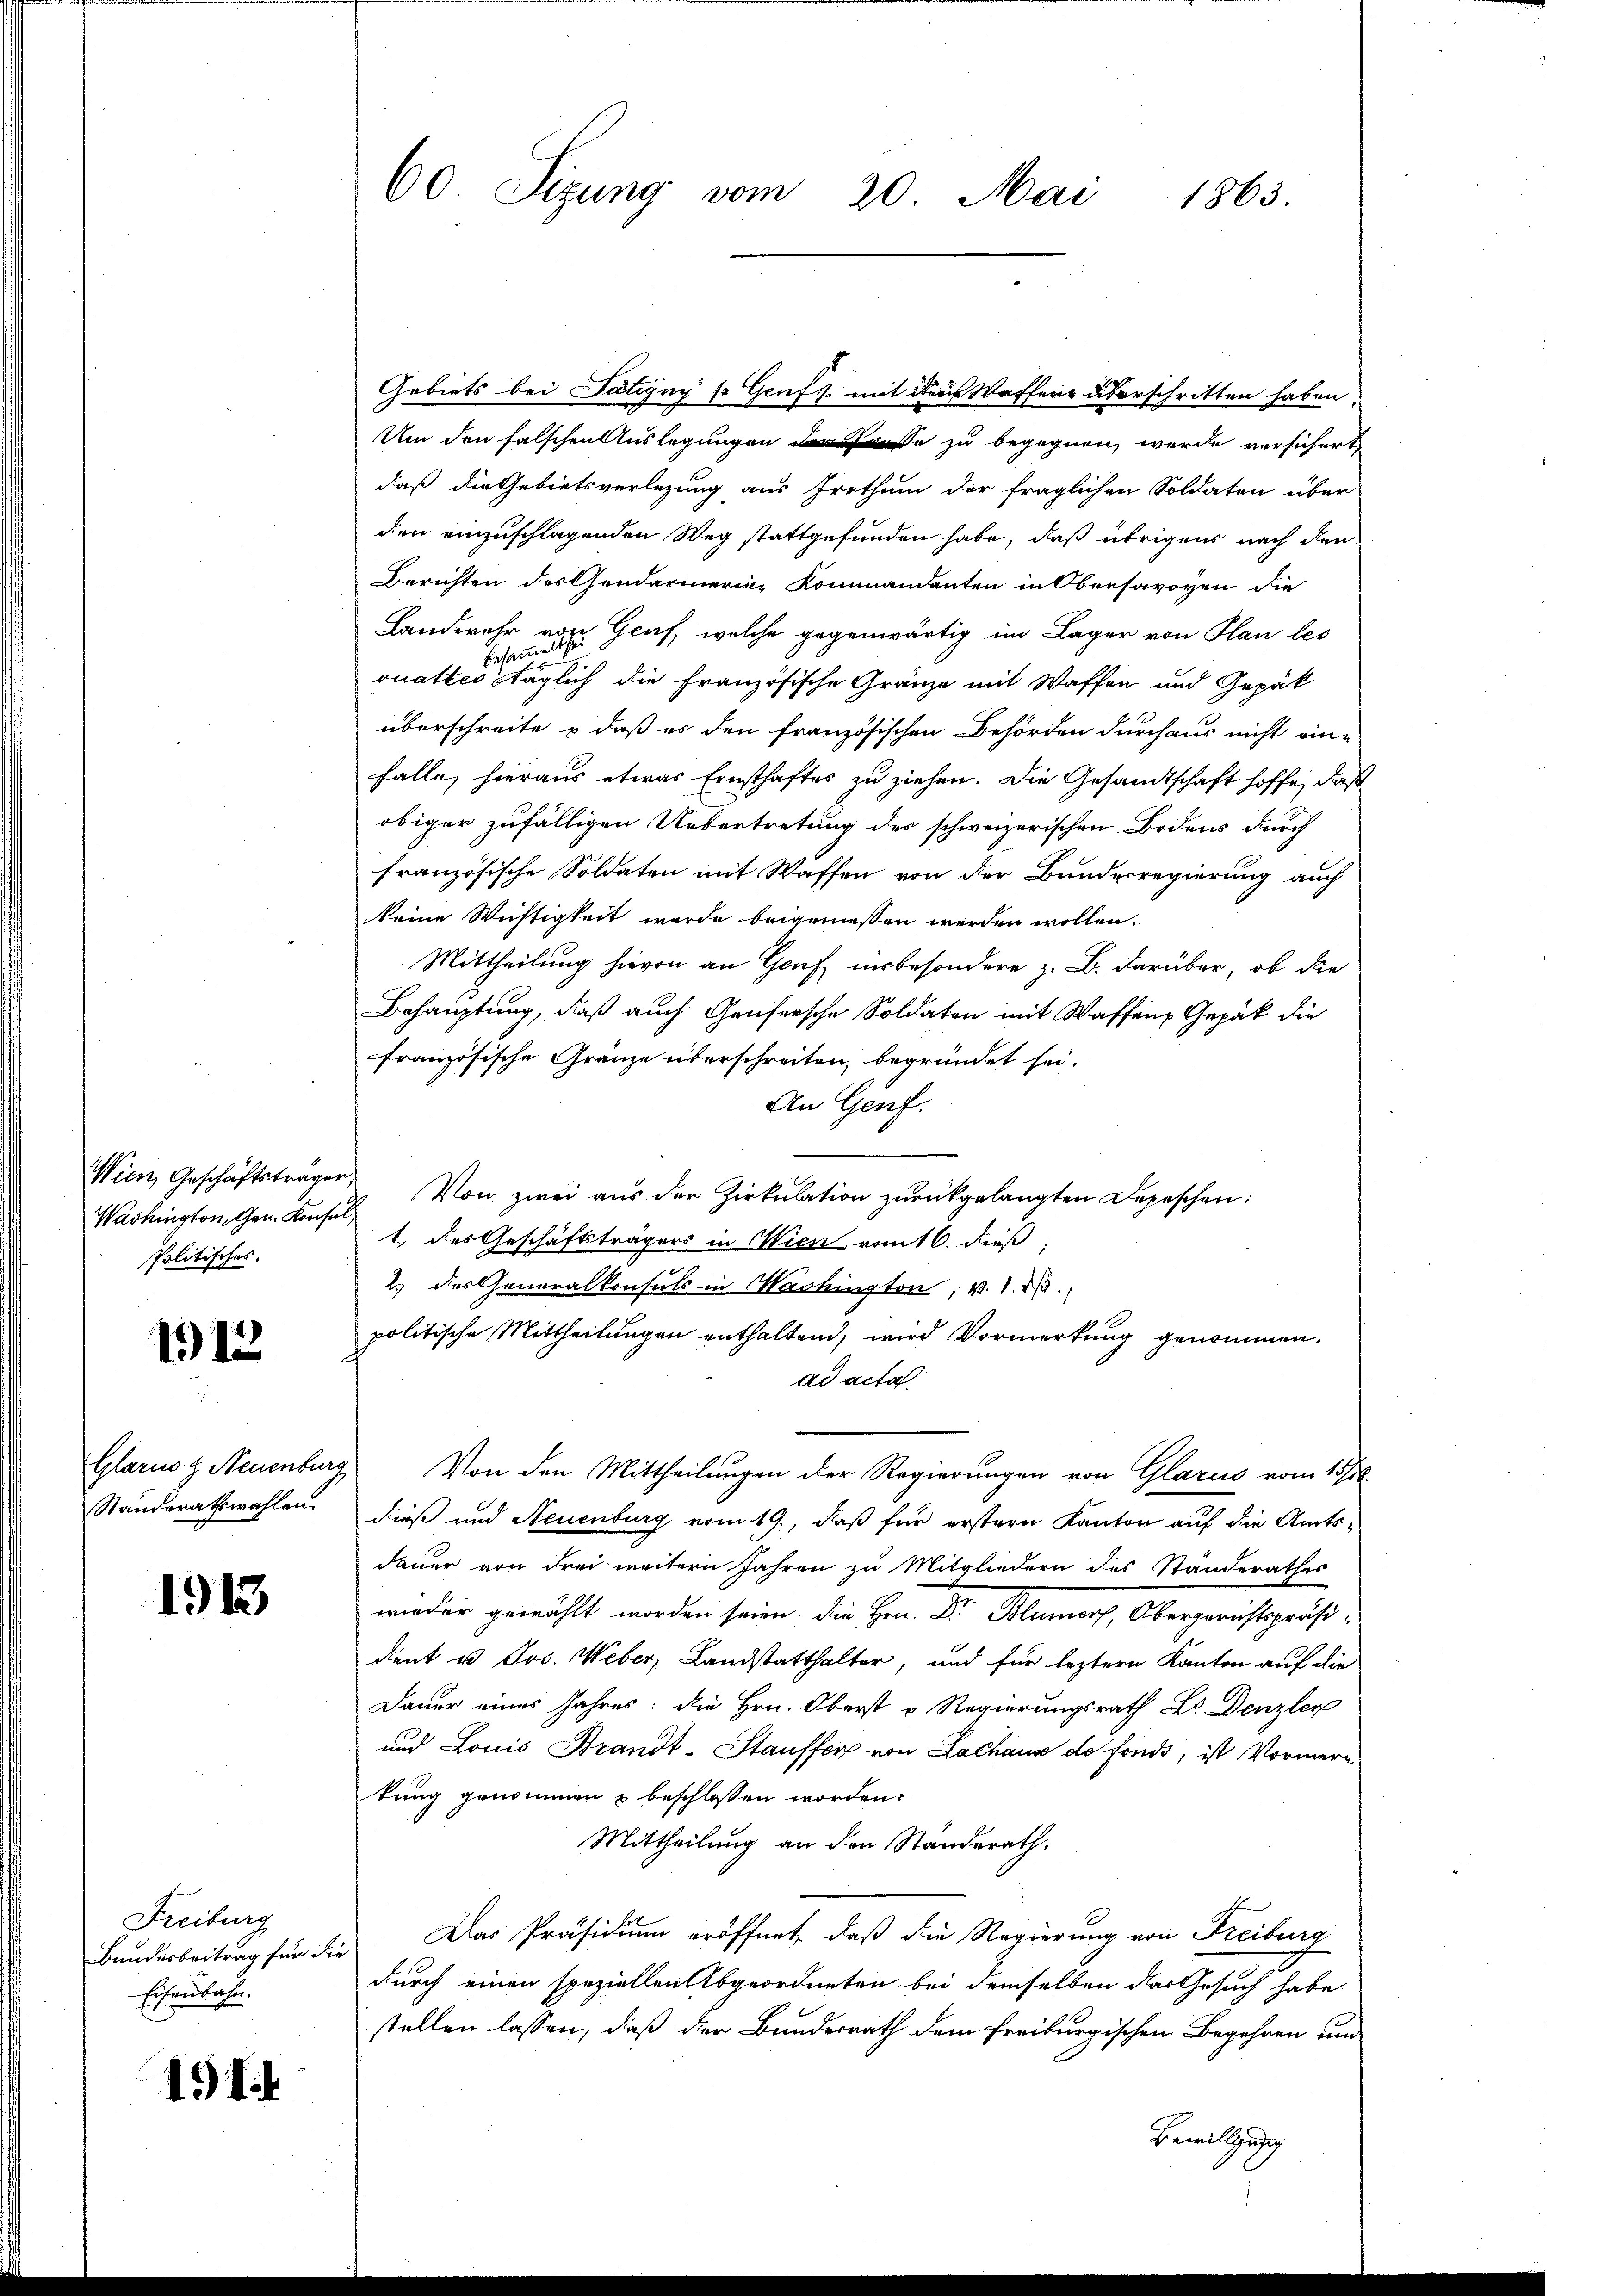
Wien Geschäftsträger
Washington, Gen. Konfe
Politisches.

1912

Glarus z Neuenburg
Standerathswahlen.

1913

Freiburg
Bundesbeitrag für die
Eisenbahn.

11

60 Sizung vom 20. Mai 1863.

Gebiets bei Satigny so Genf mit der Waffens überschritten haben.
Um den falschen Auslegungen lasse zu begegnen werde versichert,
daß die Gebietsverlegung aus Irrthum der fraglichen Soldaten über
den einzuschlagenden Weg stattgefunden habe, daß übrigens nach den
Berichten des Gendarmerin Kommandanten in Obersavoyen die
Landwehr von Genf, welche gegenwärtig im Lager von Plan les
besammelt se
ouattes täglich die Französische Gränze mit Waffen und Gepäk
überschreite & daß es den französischen Behörden durchaus nicht eine
falle, hieraus etwas Ernsthaftes zu ziehen. Die Gesandtschaft hoffe, daß
obiger zufälligen Uebertretung des schweizerischen Bodens durch
französische Soldaten mit Waffen von der Bundesregierung auch
keine Wichtigkeit werde beigenessen werden wollen.
Mittheilung hievon an Genf, insbesondere z. B. darüber, ob die
Behauptung, daß auch Genfersche Soldaten mit Waffen Gepäck die
französische Gränze überschreiten, begründet sei.
An Genf.
 Von zwei aus der Zirkulation zurückgelangten Depeschen:
1. des Geschäftsträgers in Wien vom 6. dieß
2.) des Generalkonsuls in Washington, v. 1. 23.
politische Mittheilungen enthaltend, wird Vormerkung genommen.
ad acta
Von den Mittheilungen der Regierungen von Glarus vom 15/22.
dieß und Steuenburg vom 19., daß für erstern Kanton auf die Amtsdauer von drei weitern Jahren zu Mitgliedern des Standerathes
wieder gewählt worden seien die Hrn. Dr. Blümers, Obergerichtspräsidient u. Jos. Weber, Landstatthalter, und für leztern Kanton auf die
Dauer eines Jahres: die Hrn. Oberst u Regierungsrath Dr. Denzler
und Louis Brandt-Stauffer von Lachaus de fonds, ist Vormern
kung genommen u beschlossen worden.
Mittheilung an den Standerath.
Das Präsidium eröffnet, daß die Regierung von Freiburg
durch einen speziellen Abgeordneten bei demselben das Gesuch habe
stellen lassen, daß der Bundesrath dem freiburgischen Begehren und
Bewilligung